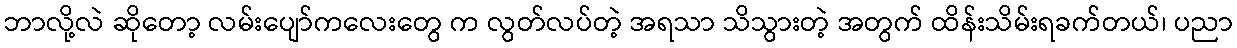
ဘာလို့လဲ ဆိုတော့ လမ်းပျော်ကလေးတွေ က လွတ်လပ်တဲ့ အရသာ သိသွားတဲ့ အတွက် ထိန်းသိမ်းရခက်တယ်၊ ပညာ